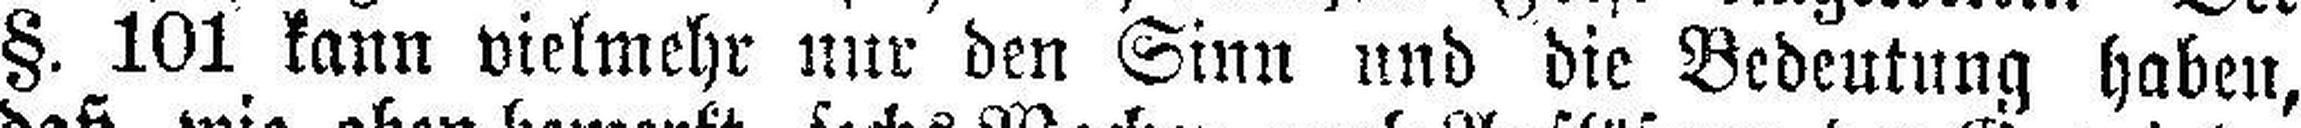
§. 101 kann vielmehr nur den Sinn und die Bedeutung haben,